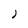
Character: J